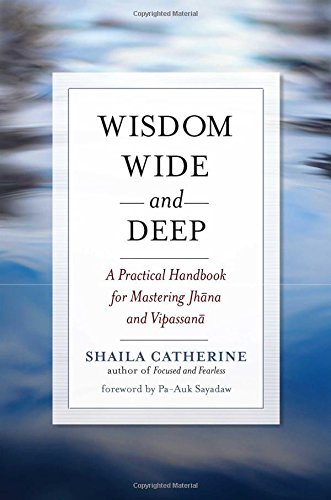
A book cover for Wisdom Wide and Deep: A Practical Handbook for Mastering Jhana and Vipassana; Shaila Catherine; Religion & Spirituality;